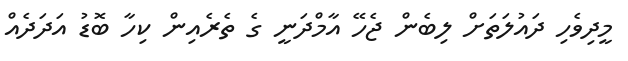
މީދިވެހި ދައުލަތަށް ލިބެން ޖެހޭ އާމްދަނީ ގެ ތެރެއިން ކިހާ ބޮޑު އަދަދެއް